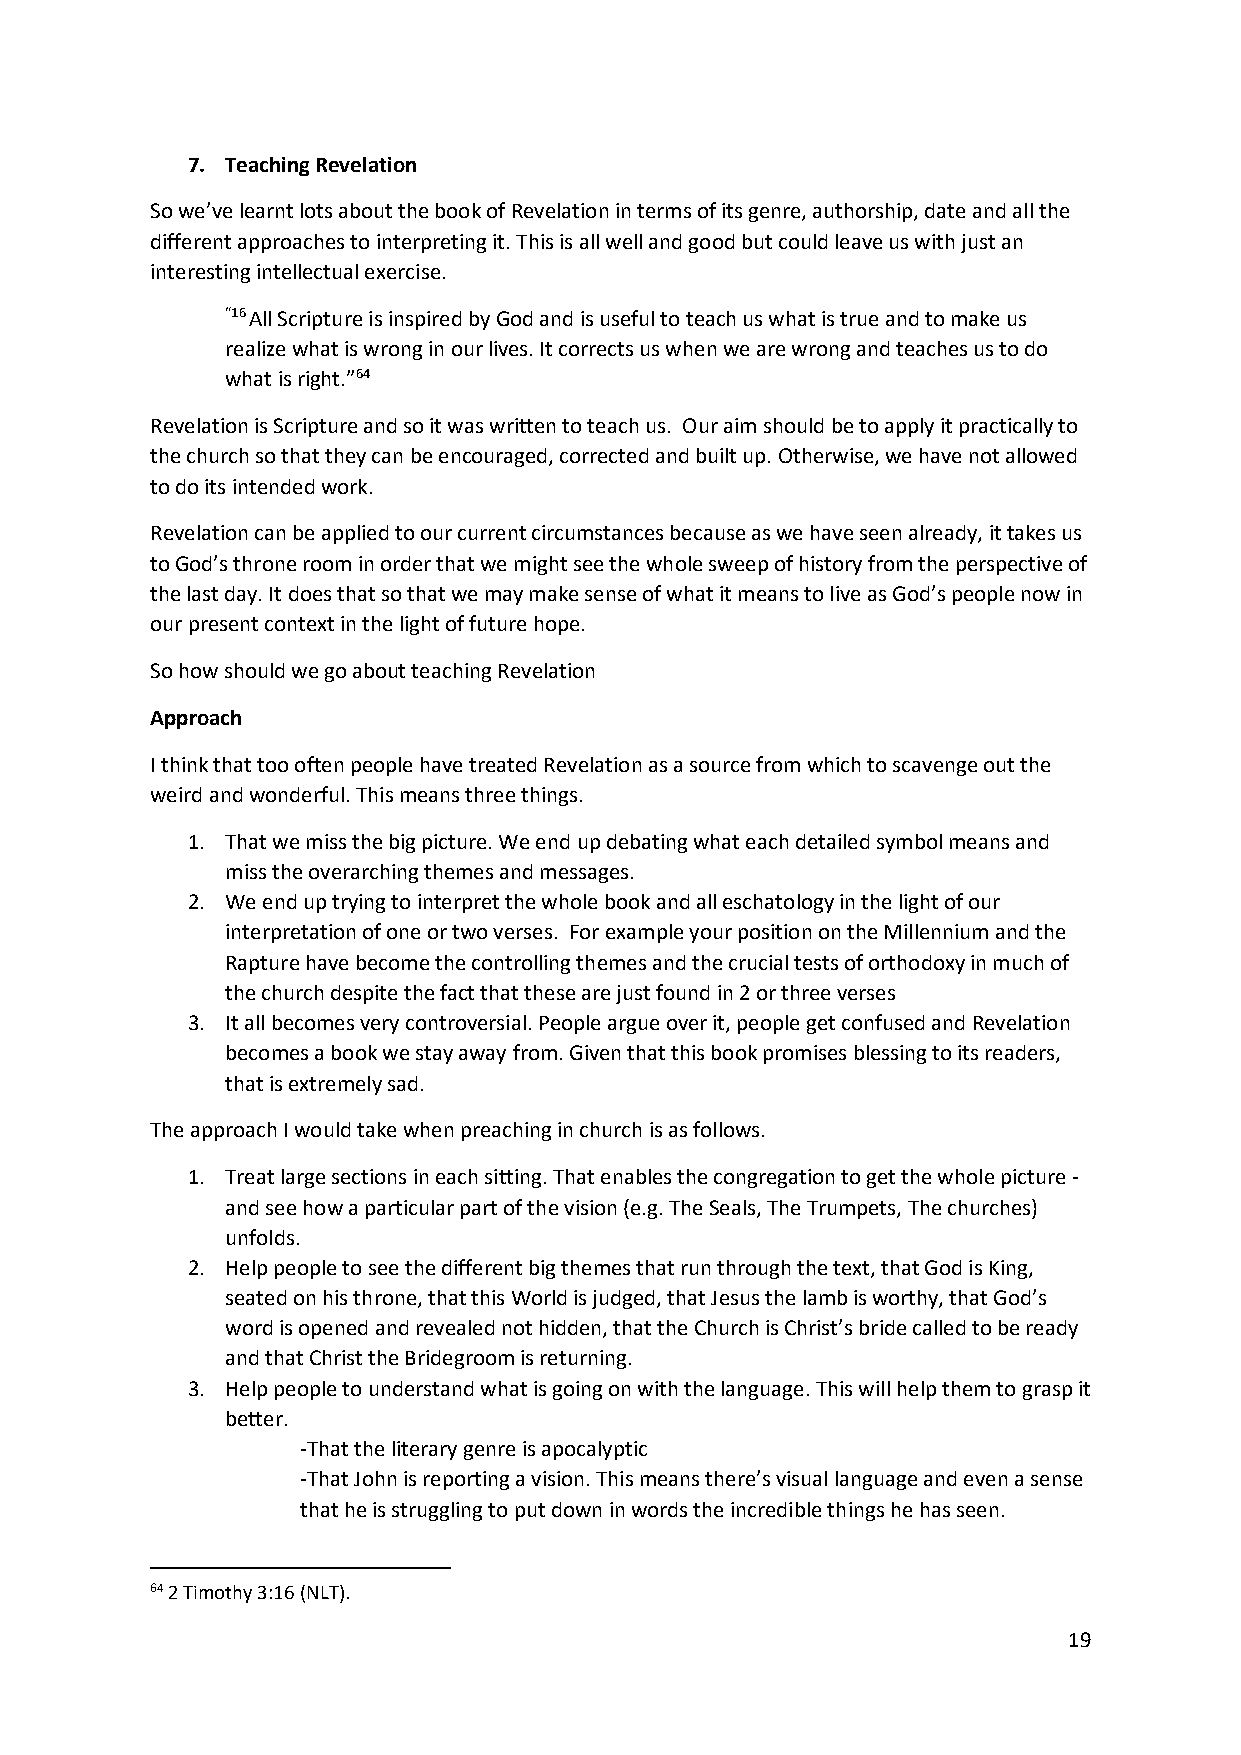
7. Teaching Revelation
 So we’ve learnt lots about the book of Revelation in terms of its genre, authorship, date and all the
 different approaches to interpreting it. This is all well and good but could leave us with just an
 interesting intellectual exercise.
 “16 All Scripture is inspired by God and is useful to teach us what is true and to make us
 realize what is wrong in our lives. It corrects us when we are wrong and teaches us to do
 what is right.”64
 Revelation is Scripture and so it was written to teach us. Our aim should be to apply it practically to
 the church so that they can be encouraged, corrected and built up. Otherwise, we have not allowed
 to do its intended work.
 Revelation can be applied to our current circumstances because as we have seen already, it takes us
 to God’s throne room in order that we might see the whole sweep of history from the perspective of
 the last day. It does that so that we may make sense of what it means to live as God’s people now in
 our present context in the light of future hope.
 So how should we go about teaching Revelation
 Approach
 I think that too often people have treated Revelation as a source from which to scavenge out the
 weird and wonderful. This means three things.
 1. That we miss the big picture. We end up debating what each detailed symbol means and
 miss the overarching themes and messages.
 2. We end up trying to interpret the whole book and all eschatology in the light of our
 interpretation of one or two verses. For example your position on the Millennium and the
 Rapture have become the controlling themes and the crucial tests of orthodoxy in much of
 the church despite the fact that these are just found in 2 or three verses
 3. It all becomes very controversial. People argue over it, people get confused and Revelation
 becomes a book we stay away from. Given that this book promises blessing to its readers,
 that is extremely sad.
 The approach I would take when preaching in church is as follows.
 1. Treat large sections in each sitting. That enables the congregation to get the whole picture -
 and see how a particular part of the vision (e.g. The Seals, The Trumpets, The churches)
 unfolds.
 2. Help people to see the different big themes that run through the text, that God is King,
 seated on his throne, that this World is judged, that Jesus the lamb is worthy, that God’s
 word is opened and revealed not hidden, that the Church is Christ’s bride called to be ready
 and that Christ the Bridegroom is returning.
 3. Help people to understand what is going on with the language. This will help them to grasp it
 better.
 -That the literary genre is apocalyptic
 -That John is reporting a vision. This means there’s visual language and even a sense
 that he is struggling to put down in words the incredible things he has seen.
 64 2 Timothy 3:16 (NLT).
 19